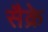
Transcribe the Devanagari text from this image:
सैक्रे